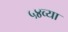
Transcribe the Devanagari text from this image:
५४व्या